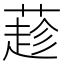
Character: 𦼛